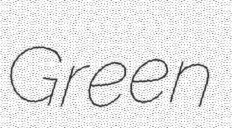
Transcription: Green